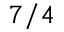
7 / 4